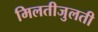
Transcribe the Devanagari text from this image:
मिलतीजुलती